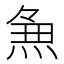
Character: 𭵈